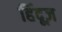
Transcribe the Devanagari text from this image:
हिंदूज़